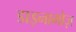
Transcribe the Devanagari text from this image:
डाइनामोज़